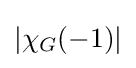
|\chi _{G}(-1)|